King Institute of Preventive Medicine Micro-Biological Section reports 1909-11
Year: 1909
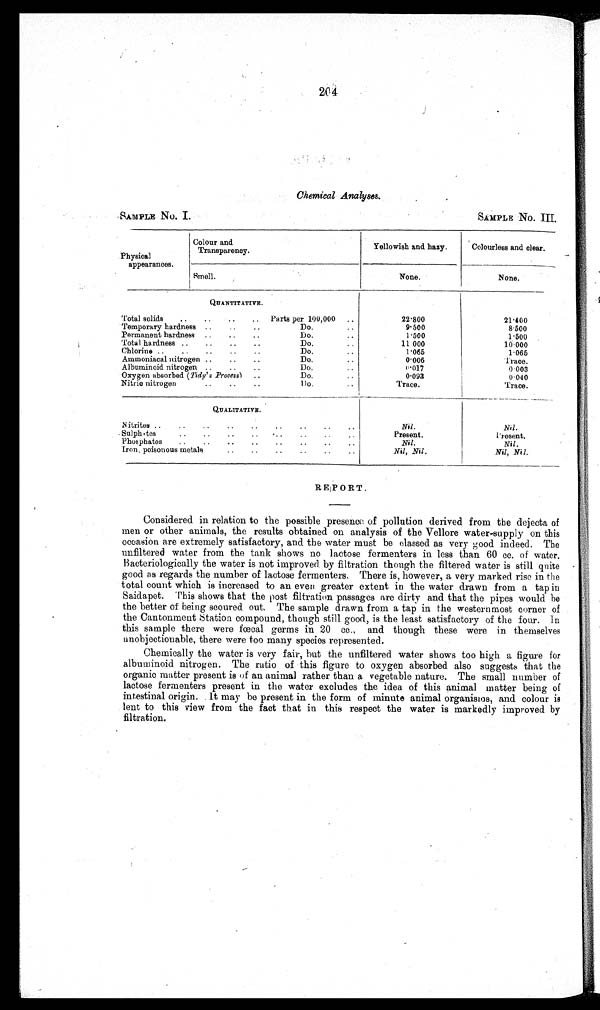
204
Chemical Analyses.
SAMPLE No. I.
SAMPLE No. III.
Physical
appearances.
Colour and
Transparency.
Yellowish and hazy.
Colourless and clear.
Smell.
None.
None
QUANTITATIVE.
Total solids
..
..
..
Parts per 100,000
..
22.800
21.400
T e m p o r a r y h a r d n e s s . . . . . .
Do.
..
9.500
8 . 5 0 0
Permanent hardness
..
..
..
Do.
..
1.500
1.500
Total hardness ..
..
..
..
Do.
..
1 1 . 0 0 0
1 0 . 0 0 0
Chlorine ..
..
..
. . ..
Do.
..
1.065
1.065
Ammoniacal nitrogen ..
..
..
Do.
..
0 . 0 0 6
Trace.
Albuminoid nitrogen ..
..
..
Do.
..
0 . 0 1 7
0 . 0 0 3
Oxygen absorbed ( Tidy's Process) ..
Do .
..
0.093
0.040
Nitric nitrogen
..
..
..
Do .
..
Trace.
Trace.
QUALITATIVE.
Nitrites ..
..
..
. . . .
. . . .. ..
Nil
Nil.
Sulphates..
. . . . . .
. . . . . - .
P r e s e n t
Present
Phosphates
..
..
..
..
..
..
..
..
Nil.
Nil.
Iron poisonous metals
..
..
..
.
. . - . - ..
Nil, Nil
Nil, Nil
REPORT.
Considered in relation to the possible presence of pollution derived from the dejecta of
men or other animals, the results obtained on analysis of the Vellore water-supply on this
occasion are extremely satisfactory, and the water must be classed as very good indeed. The
unfiltered water from the tank shows no lactose fermenters in less than 60 cc. of water.
Bacteriologically the water is not improved by filtration though the filtered water is still quite
good as regards the number of lactose fermenters. There is, however, a very marked rise in the
total count which is increased to an even greater extent in the water drawn from a tap in
Saidapet. This shows that the post filtration passages are dirty and that the pipes would be
the better of being scoured out. The sample drawn from a tap in the westernmost corner of
the Cantonment station compound, though still good, is the least satisfactory of the four. In
this sample there were fœcal germs in 20 cc., and though these were in themselves
unobjectionable, there were too many species represented.
Chemically the water is very fair, but the unfiltered water shows too high a figure for
albuminoid nitrogen. The ratio of this figure to oxygen absorbed also suggests that the
organic matter present is of an animal rather than a vegetable nature. The small number of
lactose fermenters present in the water excludes the idea of this animal matter being of
intestinal origin. It may be present in the form of minute animal organisms, and colour is
lent to this view from the fact that in this respect the water is markedly improved by
filtration.